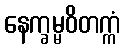
နေက္ခမ္မဝိတက္ကံ